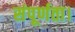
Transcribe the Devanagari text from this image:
संपूर्णता।